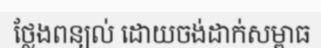
ថ្លែងពន្យល់ ដោយចង់ដាក់សម្ពាធ